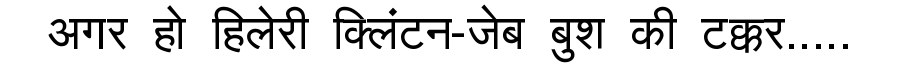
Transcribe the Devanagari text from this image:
अगर हो हिलेरी क्लिंटन-जेब बुश की टक्कर.....